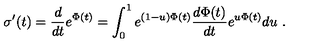
\sigma ^ { \prime } ( t ) = { \frac { d } { d t } } e ^ { \Phi ( t ) } = \int _ { 0 } ^ { 1 } e ^ { ( 1 - u ) \Phi ( t ) } { \frac { d \Phi ( t ) } { d t } } e ^ { u \Phi ( t ) } d u \ .